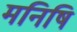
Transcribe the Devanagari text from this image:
मनिषि